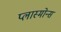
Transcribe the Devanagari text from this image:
प्लास्मोन्स